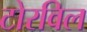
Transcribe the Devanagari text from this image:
टोरविल